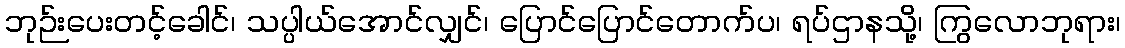
ဘုဉ်းပေးတင့်ခေါင်၊ သပ္ပါယ်အောင်လျှင်၊ ပြောင်ပြောင်တောက်ပ၊ ရပ်ဌာနသို့၊ ကြွလောဘုရား၊